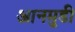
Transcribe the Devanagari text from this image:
आनमुडी